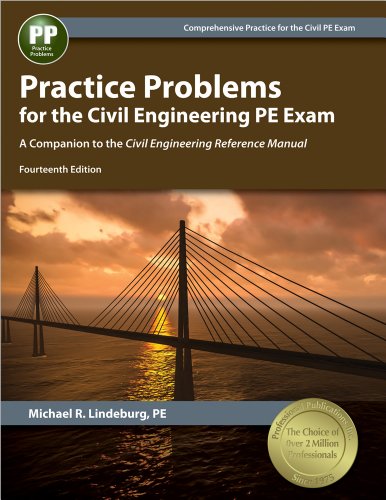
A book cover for Practice Problems for the Civil Engineering PE Exam: A Companion to the Civil Engineering Reference Manual; Michael  R. Lindeburg PE; Test Preparation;